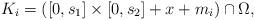
LaTeX: \begin{align*}K_{i}=\left( \left[ 0,s_{1}\right] \times\left[ 0,s_{2}\right]+x+m_{i}\right) \cap\Omega,\end{align*}